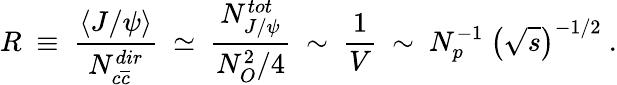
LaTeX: R~\equiv~\frac{\langle J/\psi\rangle}{N_{c\overline{{{c}}}}^{dir}}~\simeq~\frac{N_{J/\psi}^{tot}}{N_{O}^{2}/4}~\sim~\frac{1}{V}~\sim~N_{p}^{-1}~\left(\sqrt{s}\right)^{-1/2}~.